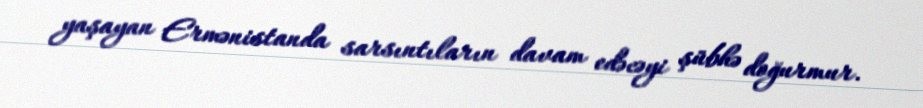
yaşayan Ermənistanda sarsıntıların davam edəcəyi şübhə doğurmur.